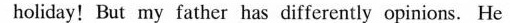
holiday! But my father has differently opinions. He